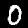
Label: 0